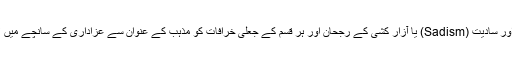
یعنی سادیت اور سادیت (Sadism) یا آزار کشی کے رجحان اور ہر قسم کے جعلی خرافات کو مذہب کے عنوان سے عزاداری کے سانچے میں لایا جائے گا۔